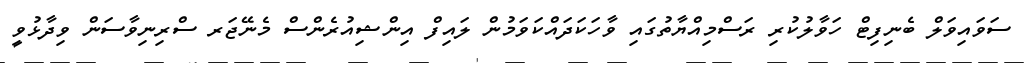
ސަވައިވަލް ބެނިފިޓް ހަވާލުކުރި ރަސްމިއްޔާތުގައި ވާހަކަދައްކަވަމުން ލައިފް އިންޝިއުރެންސް މެނޭޖަރ ސްރިނިވާސަން ވިދާޅުވީ